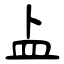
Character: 盀